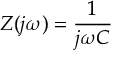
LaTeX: Z ( j \omega ) = { \frac { 1 } { j \omega C } }